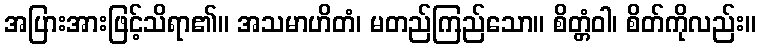
အပြားအားဖြင့်သိရာ၏။ အသမာဟိတံ၊ မတည်ကြည်သော။ စိတ္တံဝါ၊ စိတ်ကိုလည်း။